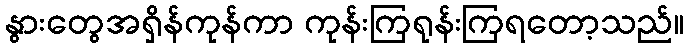
နွားတွေအရှိန်ကုန်ကာ ကုန်းကြရုန်းကြရတော့သည်။